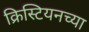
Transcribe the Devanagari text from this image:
क्रिस्टियनच्या